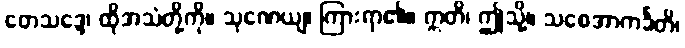
တေသဒ္ဒေ၊ ထိုအသံတို့ကို။ သုဏေယျ၊ ကြားရာ၏။ ဣတိ၊ ဤသို့။ သစေအာကင်္ခတိ၊